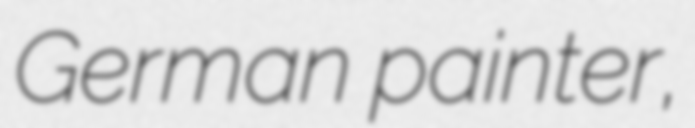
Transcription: German painter,